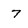
Character: 7